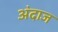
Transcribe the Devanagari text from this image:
अ॓दाज